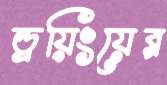
ড্রয়িংয়ের